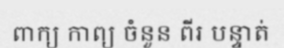
ពាក្យ កាព្យ ចំនួន ពីរ បន្ទាត់